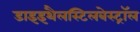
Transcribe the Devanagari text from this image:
डाइइथैलस्टिलबेस्ट्रॉल